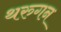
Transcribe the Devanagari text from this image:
थरुगन